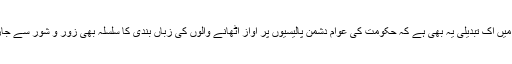
تبدیلیوں میں اک تبدیلی یہ بھی ہے کہ حکومت کی عوام دشمن پالیسیوں پر آواز اٹھانے والوں کی زباں بندی کا سلسلہ بھی زور و شور سے جاری ہے۔